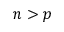
n > p